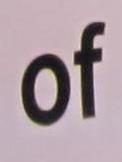
of